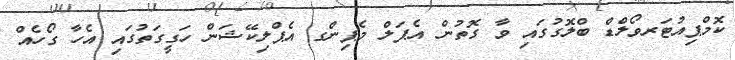
ކޮމްޕިއުޓަރވޯލްޑް ބްލޮގުގައި ވާ ގޮތުން އެޕަލް މެޕިންގ އެޕްލިކޭޝަން ހަގީގަތުގައި އެހާ ގޯހެއް